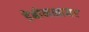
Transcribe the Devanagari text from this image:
डेबोनशायर